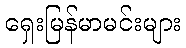
ရှေးမြန်မာမင်းများ